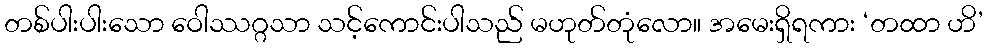
တစ်ပါးပါးသော ဝေါဿဂ္ဂသာ သင့်ကောင်းပါသည် မဟုတ်တုံလော။ အမေးရှိရကား ‘တထာ ဟိ’